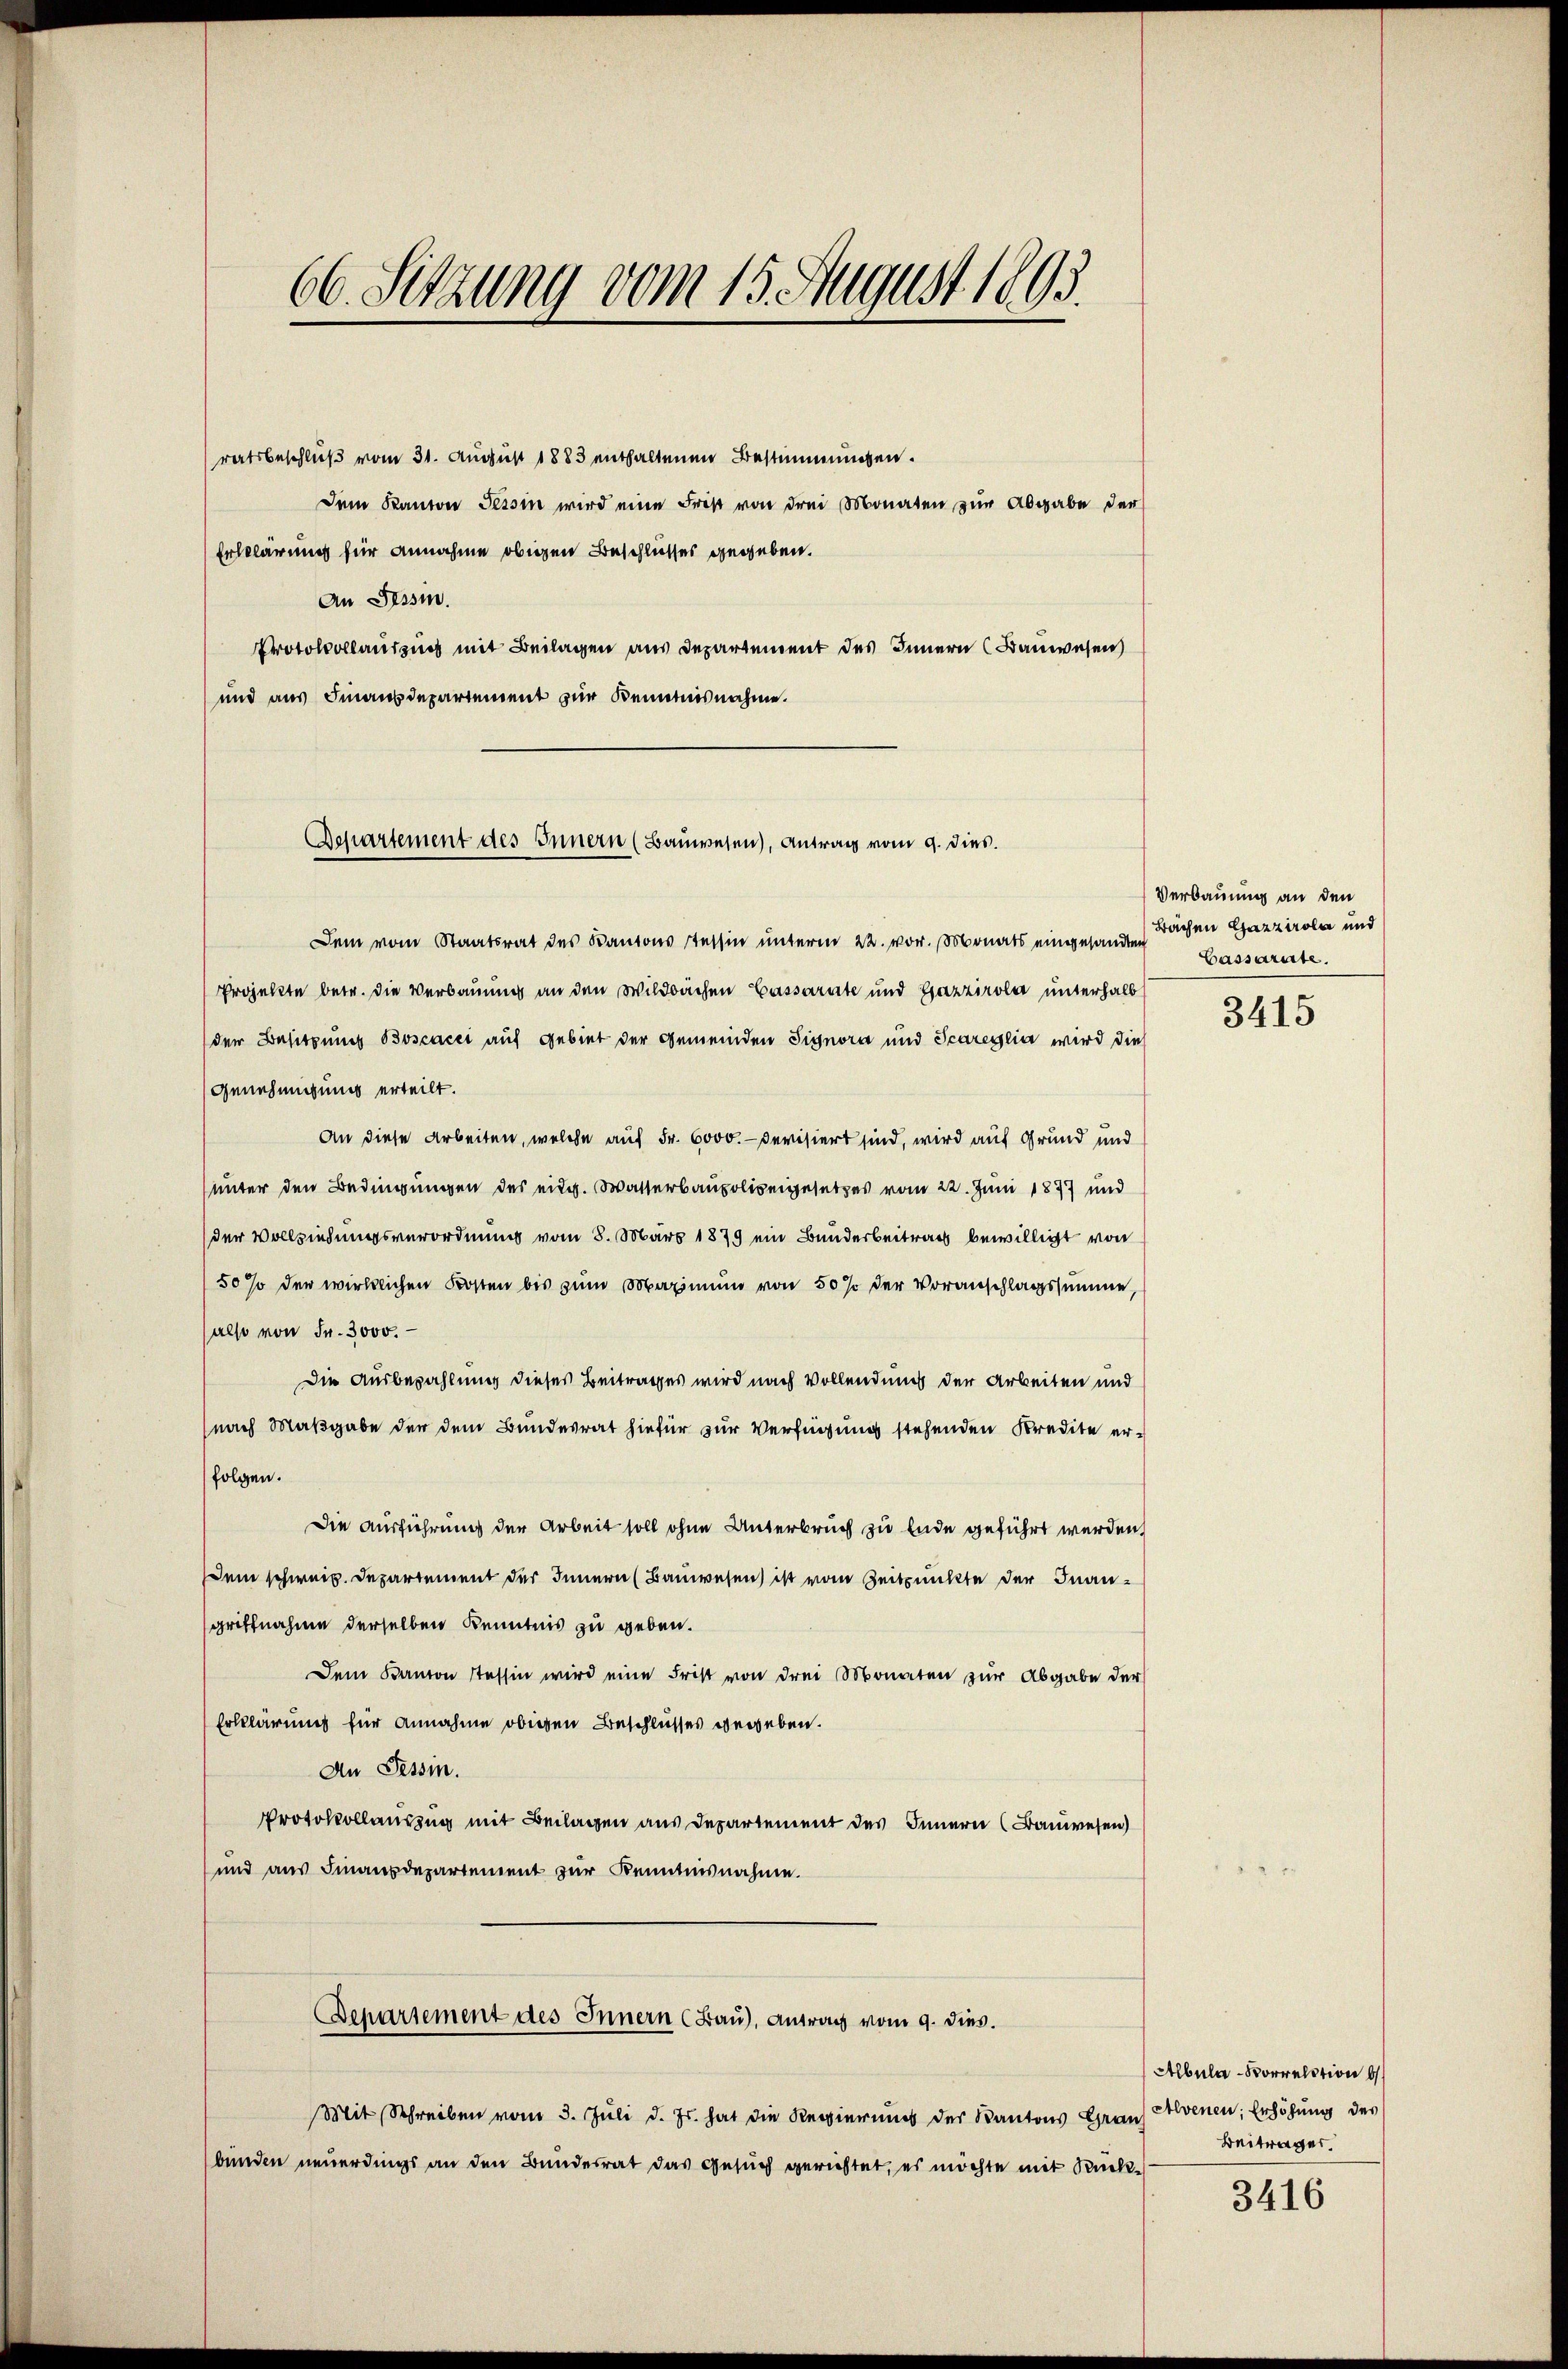
66. Setzung vom 15. August 1893.

ratsbeschluß vom 31. August 1883 enthaltenen Bestimmungen.
Dem Kanton Tessin wird eine Frist von drei Monaten zur Abgabe der
Erklärung für Annahme obigen Beschlusses gegeben.
An Tessin.
Protocollauszug mit Beilagen aus Departement des Innern (Bauwesen
und aus Finanzdepartement zur Kenntnisnahme.

Departement des Innern (Bauwesen), Antrag vom 9. dies.

Dem vom Staatsrat des Kantons Tessin ŭnterm 22. vor. Monats eingesandten Bachen Gazzirole und
Projekte betr. die Verbauung an den Wildbachen Cassarite und Gazzirola unterhalb
der Besitzung Boscacci auf Gebiet der Gemeinden Signora und Scareglia wird die
Genehmigung erteilt.
An diese Arbeiten, welche auf Fr. 6000.- devisiert sind, wird auf Grund und
unter den Bedingungen des eidg. Wasserbaupolizeigesetzes vom 22. Juni 1877 und
der Vollziehungsverordnung vom 8. März 1879 ein Bunderbeitrag bewilligt von
50 % der wirklichen Kosten bis zum Maximum von 50 % der Voranschlagssumme,
also von Fr. 3000.
Die Ausbezahlung dieses Beitrages wird nach Vollendung der Arbeiten und
(nach Maßgabe der dem Bundesrat hiefür zur Verfügung stehenden Kredite erfolgen.
Die Ausführung der Arbeit soll ohne Unterbruch zu Ende geführt werden.
dem schweiz. Departement der Innern (Bauwesen ist vom Zeitpunkte der Inangriffnahme derselben Kenntnis zu geben.
Dem Kanton Tessin wird eine Frist von drei Monaten zur Abgabe der
Erklärung für Annahme obigen Beschlusses gegeben.
An Tessin.
Protokollauszug mit Beilagen aus Departement des Innern (Bauwesen)
und aus Finanzdepartement zur Kenntnisnahme.
Departement des Innern (Bau), Antrag vom 9. dies.
Mit Schreiben vom 3. Juli d. Js. hat die Regierung des Kantons Graus Alvenen; Erhöhung des
bunden neuerdings an den Bundesrat das Gesuch gerichtet, es möchte mit Rück¬

Verbauung an den
Cassarite.

3415

Albula-Vorrelation b
Beitrages.

3416